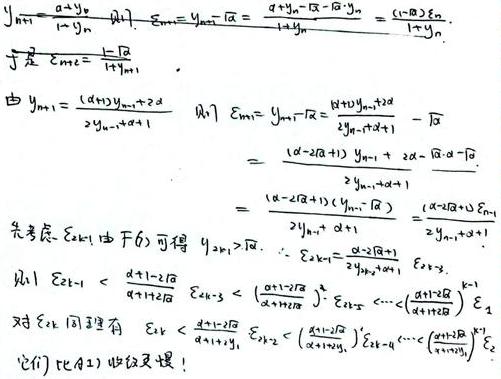
由 \(y_{n + 1} = \frac{(\alpha + 1)y_{n - 1}+2\alpha}{2y_{n - 1}+\alpha + 1}\)  且 \(\varepsilon_{n+1}=y_{n + 1}-\sqrt{\alpha}=\frac{(\alpha + 1)y_{n - 1}+2\alpha}{2y_{n - 1}+\alpha + 1}-\sqrt{\alpha}\)
\[
\begin{align*}
&=\frac{(\alpha - 2\sqrt{\alpha}+1)y_{n - 1}+2\alpha-\sqrt{\alpha}\cdot\alpha-\sqrt{\alpha}}{2y_{n - 1}+\alpha + 1}\\
&=\frac{(\alpha - 2\sqrt{\alpha}+1)(y_{n - 1}-\sqrt{\alpha})}{2y_{n - 1}+\alpha + 1}=\frac{(\alpha - 2\sqrt{\alpha}+1)\varepsilon_{n - 1}}{2y_{n - 1}+\alpha + 1}
\end{align*}
\]
先考虑 \(\varepsilon_{2k - 1}\)，由于(6)可得 \(y_{2k - 1}>\sqrt{\alpha}\)，\(\therefore\varepsilon_{2k - 1}=\frac{\alpha - 2\sqrt{\alpha}+1}{2y_{2k - 1}+\alpha + 1}\varepsilon_{2k - 3}\)
且 \(\varepsilon_{2k - 1}<\frac{\alpha + 1-2\sqrt{\alpha}}{\alpha + 1+2\sqrt{\alpha}}\)，\(\varepsilon_{2k - 3}<(\frac{\alpha + 1-2\sqrt{\alpha}}{\alpha + 1+2\sqrt{\alpha}})^2\cdot\varepsilon_{2k - 5}<\cdots<(\frac{\alpha + 1-2\sqrt{\alpha}}{\alpha + 1+2\sqrt{\alpha}})^{k - 1}\varepsilon_{1}\)
对 \(\varepsilon_{2k}\) 同理有 \(\varepsilon_{2k}<\frac{\alpha + 1-2\sqrt{\alpha}}{\alpha + 1+2y_{2k - 2}}\)，\(\varepsilon_{2k - 2}<(\frac{\alpha + 1-2\sqrt{\alpha}}{\alpha + 1+2y_{2k - 2}})^2\varepsilon_{2k - 4}<\cdots<(\frac{\alpha + 1-2\sqrt{\alpha}}{\alpha + 1+2y_{2k - 2}})^{k - 1}\varepsilon_{2}\)
(ii) 证(12)收敛更快！